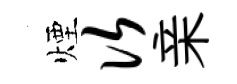
煙次亲